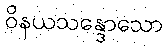
ဝိနယသန္ဒောသော